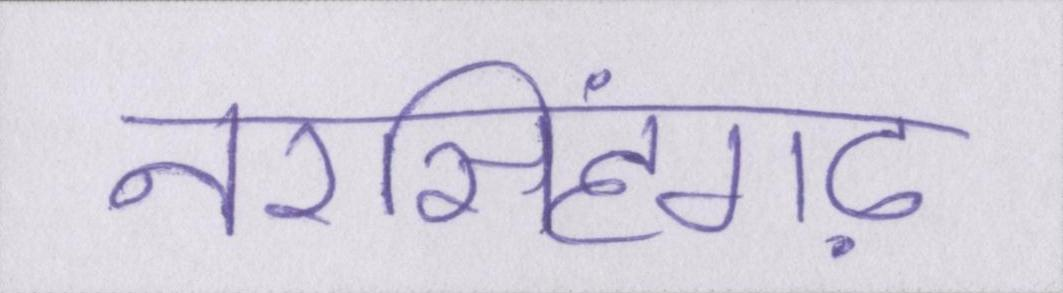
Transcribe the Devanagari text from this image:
नरसिंहगढ़